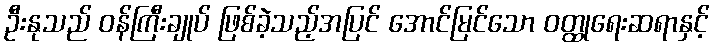
ဦးနုသည် ဝန်ကြီးချုပ် ဖြစ်ခဲ့သည့်အပြင် အောင်မြင်သော ဝတ္ထုရေးဆရာနှင့်